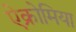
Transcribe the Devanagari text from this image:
ऐक्रोमिया